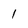
Character: I